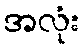
အလုံး